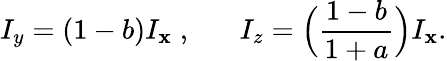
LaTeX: I_{y}=(1-b)I_{\mathbf{x}}\; ,\; \; \; \; \; \; I_{z}=\Big(\frac{{1-b}}{{1+a}}\Big)I_{\mathbf{x}}.